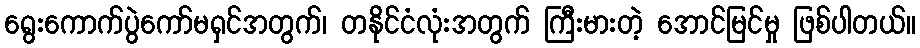
ရွေးကောက်ပွဲကော်မရှင်အတွက်၊ တနိုင်ငံလုံးအတွက် ကြီးမားတဲ့ အောင်မြင်မှု ဖြစ်ပါတယ်။